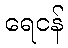
ရေငန်